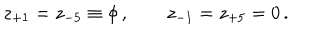
LaTeX: z _ { + 1 } = z _ { - 5 } \equiv \phi \, , \qquad z _ { - 1 } = z _ { + 5 } = 0 \, .